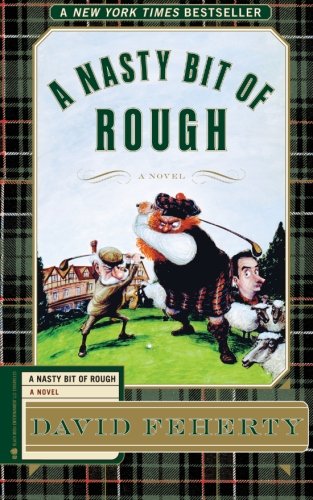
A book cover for A Nasty Bit of Rough: A Novel; David Feherty; Literature & Fiction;